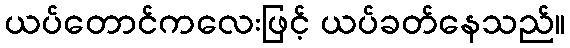
ယပ်တောင်ကလေးဖြင့် ယပ်ခတ်နေသည်။